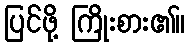
ပြင်ဖို့ ကြိုးစား၏။